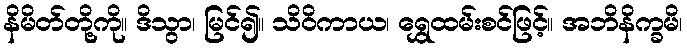
နိမိတ်တို့ကို။ ဒိသွာ၊ မြင်၍။ သိဝိကာယ၊ ရွှေထမ်းစင်ဖြင့်။ အဘိနိက္ခမိ၊